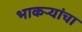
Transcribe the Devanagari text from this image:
भाकऱ्यांचा